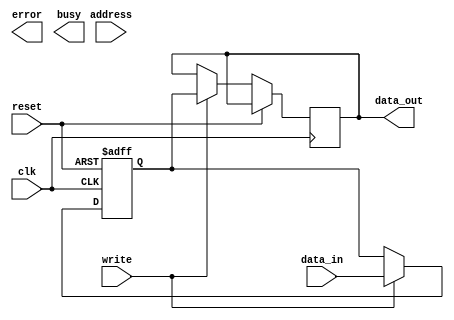
module apb_controller (
  input wire clk,
  input wire reset,
  input wire [7:0] data_in,
  output wire [7:0] data_out,
  input wire [1:0] address,
  input wire write,
  output wire error,
  output wire busy
);

parameter CLOCK_FREQUENCY = 100000000; // Clock frequency in Hz
parameter SETUP_TIME = 10; // Setup time in ns
parameter HOLD_TIME = 5; // Hold time in ns

reg [7:0] internal_data;

// Timing control logic
always @(posedge clk or posedge reset) begin
  if (reset) begin
    internal_data <= 8'h00;
  end else if (write) begin
    #SETUP_TIME;
    internal_data <= data_in;
    #HOLD_TIME;
    data_out <= internal_data;
  end
end

// Synchronization logic
// (Insert your synchronization logic here)

// Error detection and correction logic
// (Insert your error detection and correction logic here)

endmodule